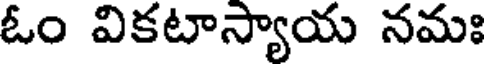
ఓం వికటాస్యాయ నమః